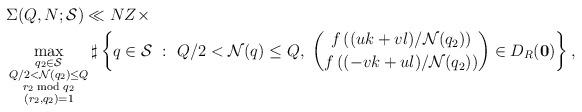
LaTeX: \begin{align*} & \Sigma(Q,N;\mathcal{S}) \ll NZ\times\\ & \max\limits_{\substack{q_2\in \mathcal{S}\\ Q/2<\mathcal{N}(q_2)\le Q\\ r_2 \bmod q_2\\ (r_2,q_2)=1}} \sharp\left\{q\in \mathcal{S} \ : \ Q/2<\mathcal{N}(q)\le Q, \ \binom{f\left((uk+vl)/\mathcal{N}(q_2)\right)}{f\left((-vk+ul)/\mathcal{N}(q_2)\right)}\in D_R({\bf 0})\right\},\end{align*}